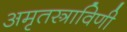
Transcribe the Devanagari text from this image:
अमृतस्त्राविणी